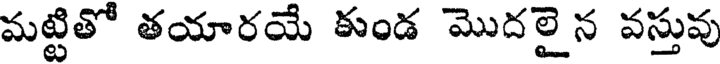
మట్టితో తయారయే కుండ మొదలైన వస్తువు